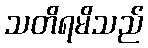
သတိရမိသည်